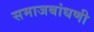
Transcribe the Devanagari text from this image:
समाजबांधणी